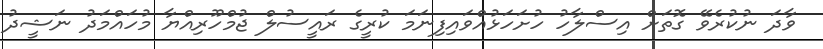
ވާދަ ނުކުރެވޭ ގޮތަށް އިސްލާހު ހުށަހަޅުއްވައިފިނަމަ ކުރީގެ ރައީސުލް ޖުމްހޫރިއްޔާ މުހައްމަދު ނަޝީދު